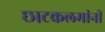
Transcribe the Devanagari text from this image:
छाटकलमांनी